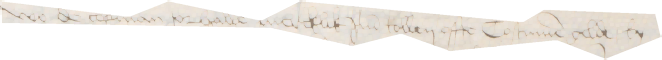
wo de copman tor halle mercklik Jm tollen offte Costumen gelde, by